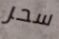
سحر